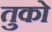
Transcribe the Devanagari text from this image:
तुको